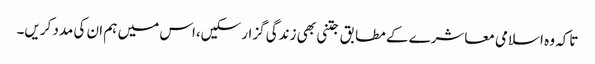
تاکہ وہ اسلامی معاشرے کے مطابق جتنی بھی زندگی گزار سکیں،اس میں ہم ان کی مدد کریں۔